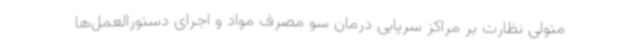
متولی نظارت بر مراکز سرپایی درمان سو مصرف مواد و اجرای دستورالعمل‌ها